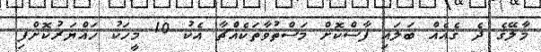
މާލޭގެ ދެ ގެއެއް ބަލައި ފާސްކޮށް މަސްތުވާތަކެއްޗާ އެކު 10 މީހަކު ހައްޔަރުކޮށްފި